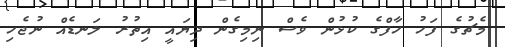
މެޗުގެ ފަހު ހާފްގެ ކުޅުން ވެސް ނިމިގެން ދިޔައީ އިތުރު ލަނޑެއް ނުޖެހި